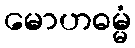
မောဟဓမ္မံ